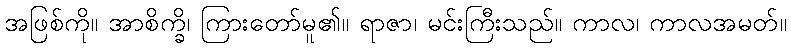
အဖြစ်ကို။ အာစိက္ခိ၊ ကြားတော်မူ၏။ ရာဇာ၊ မင်းကြီးသည်။ ကာလ၊ ကာလအမတ်။